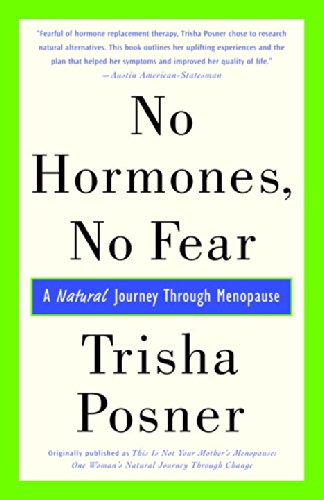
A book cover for No Hormones, No Fear: A Natural Journey Through Menopause; Trisha Posner; Health, Fitness & Dieting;